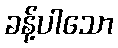
ခန့်ပါသော